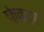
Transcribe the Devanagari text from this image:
फेदरर